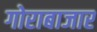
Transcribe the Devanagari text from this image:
गोराबाजार